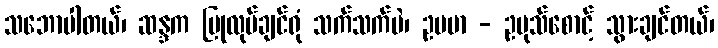
သဘောပါတယ်၊ ဆန္ဒက ပြုလုပ်ချင်ရုံ သက်သက်ပဲ၊ ဥပမာ - ဥပုသ်စောင့် သွားချင်တယ်၊